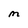
Character: M